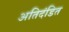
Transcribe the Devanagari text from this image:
अतिदंडित